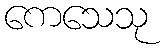
ကေသေသု